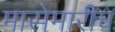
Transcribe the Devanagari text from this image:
मासेमारीच